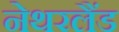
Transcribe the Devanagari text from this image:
नेथरलैंड